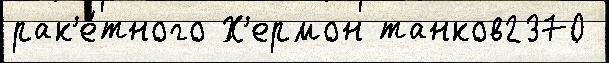
рак'е́тного Х'ермон танков2370